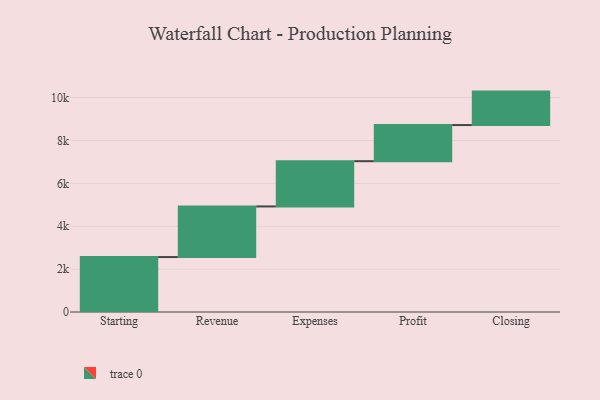
{"axis": {"x": "Step", "y": "Value"}, "legend": [""], "data": [{"x": "Starting", "y": 2562.0, "type": ""}, {"x": "Revenue", "y": 2360.0, "type": ""}, {"x": "Expenses", "y": 2110.0, "type": ""}, {"x": "Profit", "y": 1685.0, "type": ""}, {"x": "Closing", "y": 1560.0, "type": ""}]}